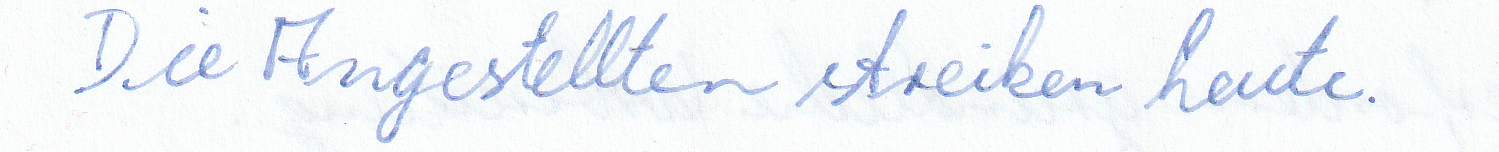
Die Angestellten streiken heute.